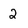
Character: 2